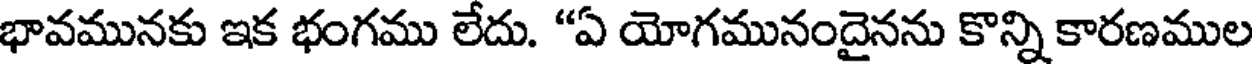
భావమునకు ఇక భంగము లేదు. "ఏ యోగమునందైనను కొన్ని కారణముల